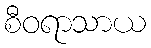
စီဝရာသာယ